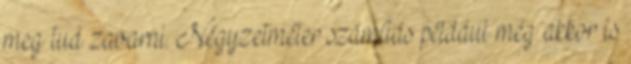
meg tud zavarni. Négyzetméter számítás például még akkor is